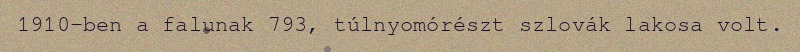
1910-ben a falunak 793, túlnyomórészt szlovák lakosa volt.